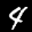
Label: 4